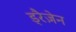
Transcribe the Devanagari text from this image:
ड्रैज़ेन